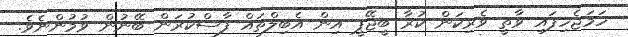
ހަމަޖެހިފައި ވާތީ ވެރިކަން ކުރާ ބީޖޭޕީ އިން އެބިލްތައް ފާސްކުރަން ބޭނުން ވުމުންނެވެ.